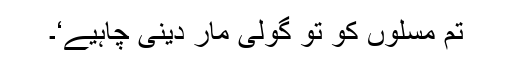
تم مسلوں کو تو گولی مار دینی چاہیے‘۔